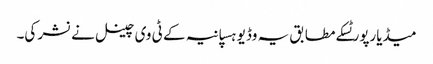
میڈیارپورٹسکے مطابق یہ وڈیو ہسپانیہ کے ٹی وی چینل نے نشر کی۔